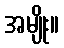
အမျိုး။